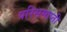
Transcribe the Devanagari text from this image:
परिसमाप्ती